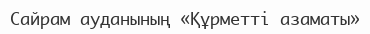
Сайрам ауданының «Құрметті азаматы»